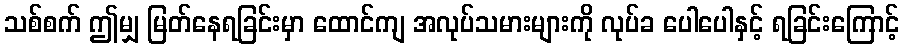
သစ်စက် ဤမျှ မြတ်နေရခြင်းမှာ ထောင်ကျ အလုပ်သမားများကို လုပ်ခ ပေါပေါနှင့် ရခြင်းကြောင့်